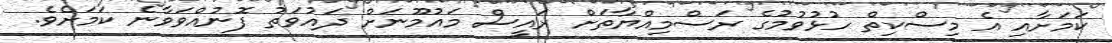
ކަމަށާއި އެ މިސްކިތް ހުޅުވުމުގެ ރަސްމިއްޔާތަށް ރައީސް މައުމޫނަށް ދައުވަތު ފޮނުއްވަވާނެ ކަމަށެވެ.